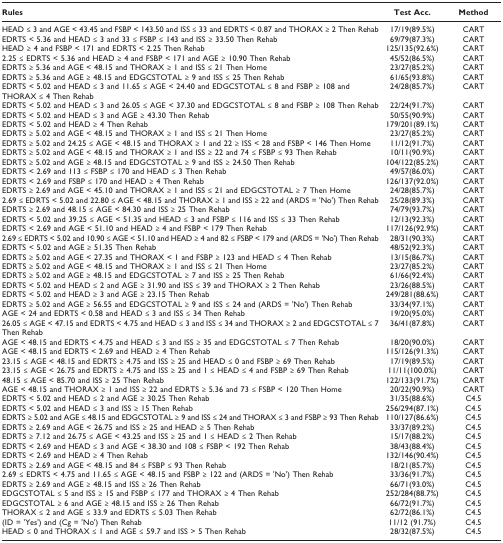
<table><thead><tr><td><b>Rules</b></td><td><b>Test Acc.</b></td><td><b>Method</b></td></tr></thead><tbody><tr><td>HEAD ≤ 3 and AGE &lt; 43.45 and FSBP &lt; 143.50 and ISS ≤ 33 and EDRTS &lt; 0.87 and THORAX ≥ 2 Then Rehab</td><td>17/19(89.5%)</td><td>CART</td></tr><tr><td>EDRTS &lt; 5.36 and HEAD ≤ 3 and 33 ≤ FSBP ≤ 143 and ISS ≥ 33.50 Then Rehab</td><td>69/79(87.3%)</td><td>CART</td></tr><tr><td>HEAD ≥ 4 and FSBP &lt; 171 and EDRTS &lt; 2.25 Then Rehab</td><td>125/135(92.6%)</td><td>CART</td></tr><tr><td>2.25 ≤ EDRTS &lt; 5.36 and HEAD ≥ 4 and FSBP &lt; 171 and AGE ≥ 10.90 Then Rehab</td><td>45/52(86.5%)</td><td>CART</td></tr><tr><td>EDRTS ≥ 5.36 and AGE &lt; 48.15 and THORAX ≥ 1 and ISS ≤ 21 Then Home</td><td>23/27(85.2%)</td><td>CART</td></tr><tr><td>EDRTS ≥ 5.36 and AGE ≥ 48.15 and EDGCSTOTAL ≥ 9 and ISS ≤ 25 Then Rehab</td><td>61/65(93.8%)</td><td>CART</td></tr><tr><td>EDRTS &lt; 5.02 and HEAD ≤ 3 and 11.65 ≤ AGE &lt; 24.40 and EDGCSTOTAL ≤ 8 and FSBP ≥ 108 and THORAX ≤ 4 Then Rehab</td><td>24/28(85.7%)</td><td>CART</td></tr><tr><td>EDRTS &lt; 5.02 and HEAD ≤ 3 and 26.05 ≤ AGE &lt; 37.30 and EDGCSTOTAL ≤ 8 and FSBP ≥ 108 Then Rehab</td><td>22/24(91.7%)</td><td>CART</td></tr><tr><td>EDRTS &lt; 5.02 and HEAD ≤ 3 and AGE ≥ 43.30 Then Rehab</td><td>50/55(90.9%)</td><td>CART</td></tr><tr><td>EDRTS &lt; 5.02 and HEAD ≥ 4 Then Rehab</td><td>179/201(89.1%)</td><td>CART</td></tr><tr><td>EDRTS ≥ 5.02 and AGE &lt; 48.15 and THORAX ≥ 1 and ISS ≤ 21 Then Home</td><td>23/27(85.2%)</td><td>CART</td></tr><tr><td>EDRTS ≥ 5.02 and 24.25 ≤ AGE &lt; 48.15 and THORAX ≥ 1 and 22 ≥ ISS &lt; 28 and FSBP &lt; 146 Then Home</td><td>11/12(91.7%)</td><td>CART</td></tr><tr><td>EDRTS ≥ 5.02 and AGE &lt; 48.15 and THORAX ≥ 1 and ISS ≥ 22 and 74 ≤ FSBP ≤ 93 Then Rehab</td><td>10/11(90.9%)</td><td>CART</td></tr><tr><td>EDRTS ≥ 5.02 and AGE ≥ 48.15 and EDGCSTOTAL ≥ 9 and ISS ≥ 24.50 Then Rehab</td><td>104/122(85.2%)</td><td>CART</td></tr><tr><td>EDRTS &lt; 2.69 and 113 ≤ FSBP ≤ 170 and HEAD ≤ 3 Then Rehab</td><td>49/57(86.0%)</td><td>CART</td></tr><tr><td>EDRTS &lt; 2.69 and FSBP ≤ 170 and HEAD ≥ 4 Then Rehab</td><td>126/137(92.0%)</td><td>CART</td></tr><tr><td>EDRTS ≥ 2.69 and AGE &lt; 45.10 and THORAX ≥ 1 and ISS ≤ 21 and EDGCSTOTAL ≥ 7 Then Home</td><td>24/28(85.7%)</td><td>CART</td></tr><tr><td>2.69 ≤ EDRTS &lt; 5.02 and 22.80 ≤ AGE &lt; 48.15 and THORAX ≥ 1 and ISS ≥ 22 and (ARDS = &#x27;No&#x27;) Then Rehab</td><td>25/28(89.3%)</td><td>CART</td></tr><tr><td>EDRTS ≥ 2.69 and 48.15 ≤ AGE &lt; 84.30 and ISS ≥ 25 Then Rehab</td><td>74/79(93.7%)</td><td>CART</td></tr><tr><td>EDRTS &lt; 5.02 and 39.25 ≤ AGE &lt; 51.35 and HEAD ≤ 3 and FSBP ≤ 116 and ISS ≤ 33 Then Rehab</td><td>12/13(92.3%)</td><td>CART</td></tr><tr><td>EDRTS &lt; 2.69 and AGE &lt; 51.10 and HEAD ≥ 4 and FSBP &lt; 179 Then Rehab</td><td>117/126(92.9%)</td><td>CART</td></tr><tr><td>2.69 ≤ EDRTS &lt; 5.02 and 10.90 ≤ AGE &lt; 51.10 and HEAD ≥ 4 and 82 ≤ FSBP &lt; 179 and (ARDS = &#x27;No&#x27;) Then Rehab</td><td>28/31(90.3%)</td><td>CART</td></tr><tr><td>EDRTS &lt; 5.02 and AGE ≥ 51.35 Then Rehab</td><td>48/52(92.3%)</td><td>CART</td></tr><tr><td>EDRTS ≥ 5.02 and AGE &lt; 27.35 and THORAX &lt; 1 and FSBP ≥ 123 and HEAD ≤ 4 Then Rehab</td><td>13/15(86.7%)</td><td>CART</td></tr><tr><td>EDRTS ≥ 5.02 and AGE &lt; 48.15 and THORAX ≥ 1 and ISS ≤ 21 Then Home</td><td>23/27(85.2%)</td><td>CART</td></tr><tr><td>EDRTS ≥ 5.02 and AGE ≥ 48.15 and EDGCSTOTAL ≥ 7 and ISS ≥ 25 Then Rehab</td><td>61/66(92.4%)</td><td>CART</td></tr><tr><td>EDRTS &lt; 5.02 and HEAD ≤ 2 and AGE ≥ 31.90 and ISS ≤ 39 and THORAX ≥ 2 Then Rehab</td><td>23/26(88.5%)</td><td>CART</td></tr><tr><td>EDRTS &lt; 5.02 and HEAD ≥ 3 and AGE ≥ 23.15 Then Rehab</td><td>249/281(88.6%)</td><td>CART</td></tr><tr><td>EDRTS ≥ 5.02 and AGE ≥ 56.55 and EDGCSTOTAL ≥ 9 and ISS ≤ 24 and (ARDS = &#x27;No&#x27;) Then Rehab</td><td>33/34(97.1%)</td><td>CART</td></tr><tr><td>AGE &lt; 24 and EDRTS &lt; 0.58 and HEAD ≤ 3 and ISS ≤ 34 Then Rehab</td><td>19/20(95.0%)</td><td>CART</td></tr><tr><td>26.05 ≤ AGE &lt; 47.15 and EDRTS &lt; 4.75 and HEAD ≤ 3 and ISS ≤ 34 and THORAX ≥ 2 and EDGCSTOTAL ≤ 7 Then Rehab</td><td>36/41(87.8%)</td><td>CART</td></tr><tr><td>AGE &lt; 48.15 and EDRTS &lt; 4.75 and HEAD ≤ 3 and ISS ≥ 35 and EDGCSTOTAL ≤ 7 Then Rehab</td><td>18/20(90.0%)</td><td>CART</td></tr><tr><td>AGE &lt; 48.15 and EDRTS &lt; 2.69 and HEAD ≥ 4 Then Rehab</td><td>115/126(91.3%)</td><td>CART</td></tr><tr><td>23.15 ≤ AGE &lt; 48.15 and EDRTS ≥ 4.75 and ISS ≥ 25 and HEAD ≤ 0 and FSBP ≥ 69 Then Rehab</td><td>17/19(89.5%)</td><td>CART</td></tr><tr><td>23.15 ≤ AGE &lt; 26.75 and EDRTS ≥ 4.75 and ISS ≥ 25 and 1 ≤ HEAD ≤ 4 and FSBP ≥ 69 Then Rehab</td><td>11/11(100.0%)</td><td>CART</td></tr><tr><td>48.15 ≤ AGE &lt; 85.70 and ISS ≥ 25 Then Rehab</td><td>122/133(91.7%)</td><td>CART</td></tr><tr><td>AGE &lt; 48.15 and THORAX ≥ 1 and ISS ≥ 22 and EDRTS ≥ 5.36 and 73 ≤ FSBP &lt; 120 Then Home</td><td>20/22(90.9%)</td><td>CART</td></tr><tr><td>EDRTS &lt; 5.02 and HEAD ≤ 2 and AGE ≥ 30.25 Then Rehab</td><td>31/35(88.6%)</td><td>C4.5</td></tr><tr><td>EDRTS &lt; 5.02 and HEAD ≤ 3 and ISS ≥ 15 Then Rehab</td><td>256/294(87.1%)</td><td>C4.5</td></tr><tr><td>EDRTS ≥ 5.02 and AGE ≤ 48.15 and EDGCSTOTAL ≥ 9 and ISS ≤ 24 and THORAX ≤ 3 and FSBP ≥ 93 Then Rehab</td><td>110/127(86.6%)</td><td>C4.5</td></tr><tr><td>EDRTS ≥ 2.69 and AGE &lt; 26.75 and ISS ≥ 25 and HEAD ≥ 5 Then Rehab</td><td>33/37(89.2%)</td><td>C4.5</td></tr><tr><td>EDRTS ≥ 7.12 and 26.75 ≤ AGE &lt; 43.25 and ISS ≥ 25 and 1 ≤ HEAD ≤ 2 Then Rehab</td><td>15/17(88.2%)</td><td>C4.5</td></tr><tr><td>EDRTS &lt; 2.69 and HEAD ≤ 3 and AGE &lt; 38.30 and 108 ≤ FSBP &lt; 192 Then Rehab</td><td>38/43(88.4%)</td><td>C4.5</td></tr><tr><td>EDRTS &lt; 2.69 and HEAD ≥ 4 Then Rehab</td><td>132/146(90.4%)</td><td>C4.5</td></tr><tr><td>EDRTS ≥ 2.69 and AGE &lt; 48.15 and 84 ≤ FSBP ≤ 93 Then Rehab</td><td>18/21(85.7%)</td><td>C4.5</td></tr><tr><td>2.69 ≤ EDRTS &lt; 4.75 and 11.65 ≤ AGE &lt; 48.15 and FSBP ≥ 122 and (ARDS = &#x27;No&#x27;) Then Rehab</td><td>33/36(91.7%)</td><td>C4.5</td></tr><tr><td>EDRTS ≥ 2.69 and AGE ≥ 48.15 and ISS ≥ 26 Then Rehab</td><td>66/71(93.0%)</td><td>C4.5</td></tr><tr><td>EDGCSTOTAL ≤ 5 and ISS ≥ 15 and FSBP ≤ 177 and THORAX ≥ 4 Then Rehab</td><td>252/284(88.7%)</td><td>C4.5</td></tr><tr><td>EDGCSTOTAL ≥ 6 and AGE ≥ 48.15 and ISS ≥ 26 Then Rehab</td><td>66/72(91.7%)</td><td>C4.5</td></tr><tr><td>THORAX ≤ 2 and AGE ≤ 33.9 and EDRTS ≤ 5.03 Then Rehab</td><td>62/72(86.1%)</td><td>C4.5</td></tr><tr><td>(ID = &#x27;Yes&#x27;) and (Cg = &#x27;No&#x27;) Then Rehab</td><td>11/12 (91.7%)</td><td>C4.5</td></tr><tr><td>HEAD ≤ 0 and THORAX ≤ 1 and AGE ≤ 59.7 and ISS &gt; 5 Then Rehab</td><td>28/32(87.5%)</td><td>C4.5</td></tr></tbody></table>